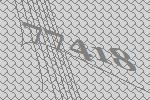
77418